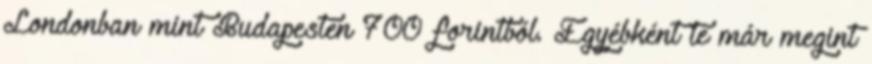
Londonban mint Budapesten 700 forintból. Egyébként te már megint